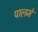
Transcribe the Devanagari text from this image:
पालमे